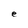
Character: e